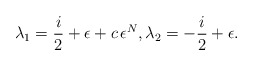
\begin{align*}\lambda_1=\frac{i}{2}+\epsilon+c\,\epsilon^N,\lambda_2=-\frac{i}{2}+\epsilon.\end{align*}